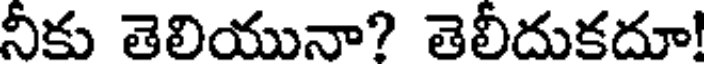
నీకు తెలియునా? తెలీదుకదూ